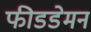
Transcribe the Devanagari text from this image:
फीडडेमन